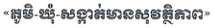
<<ភូមិ-ឃុំ-សង្កាត់មានសុវត្ថិភាព>>